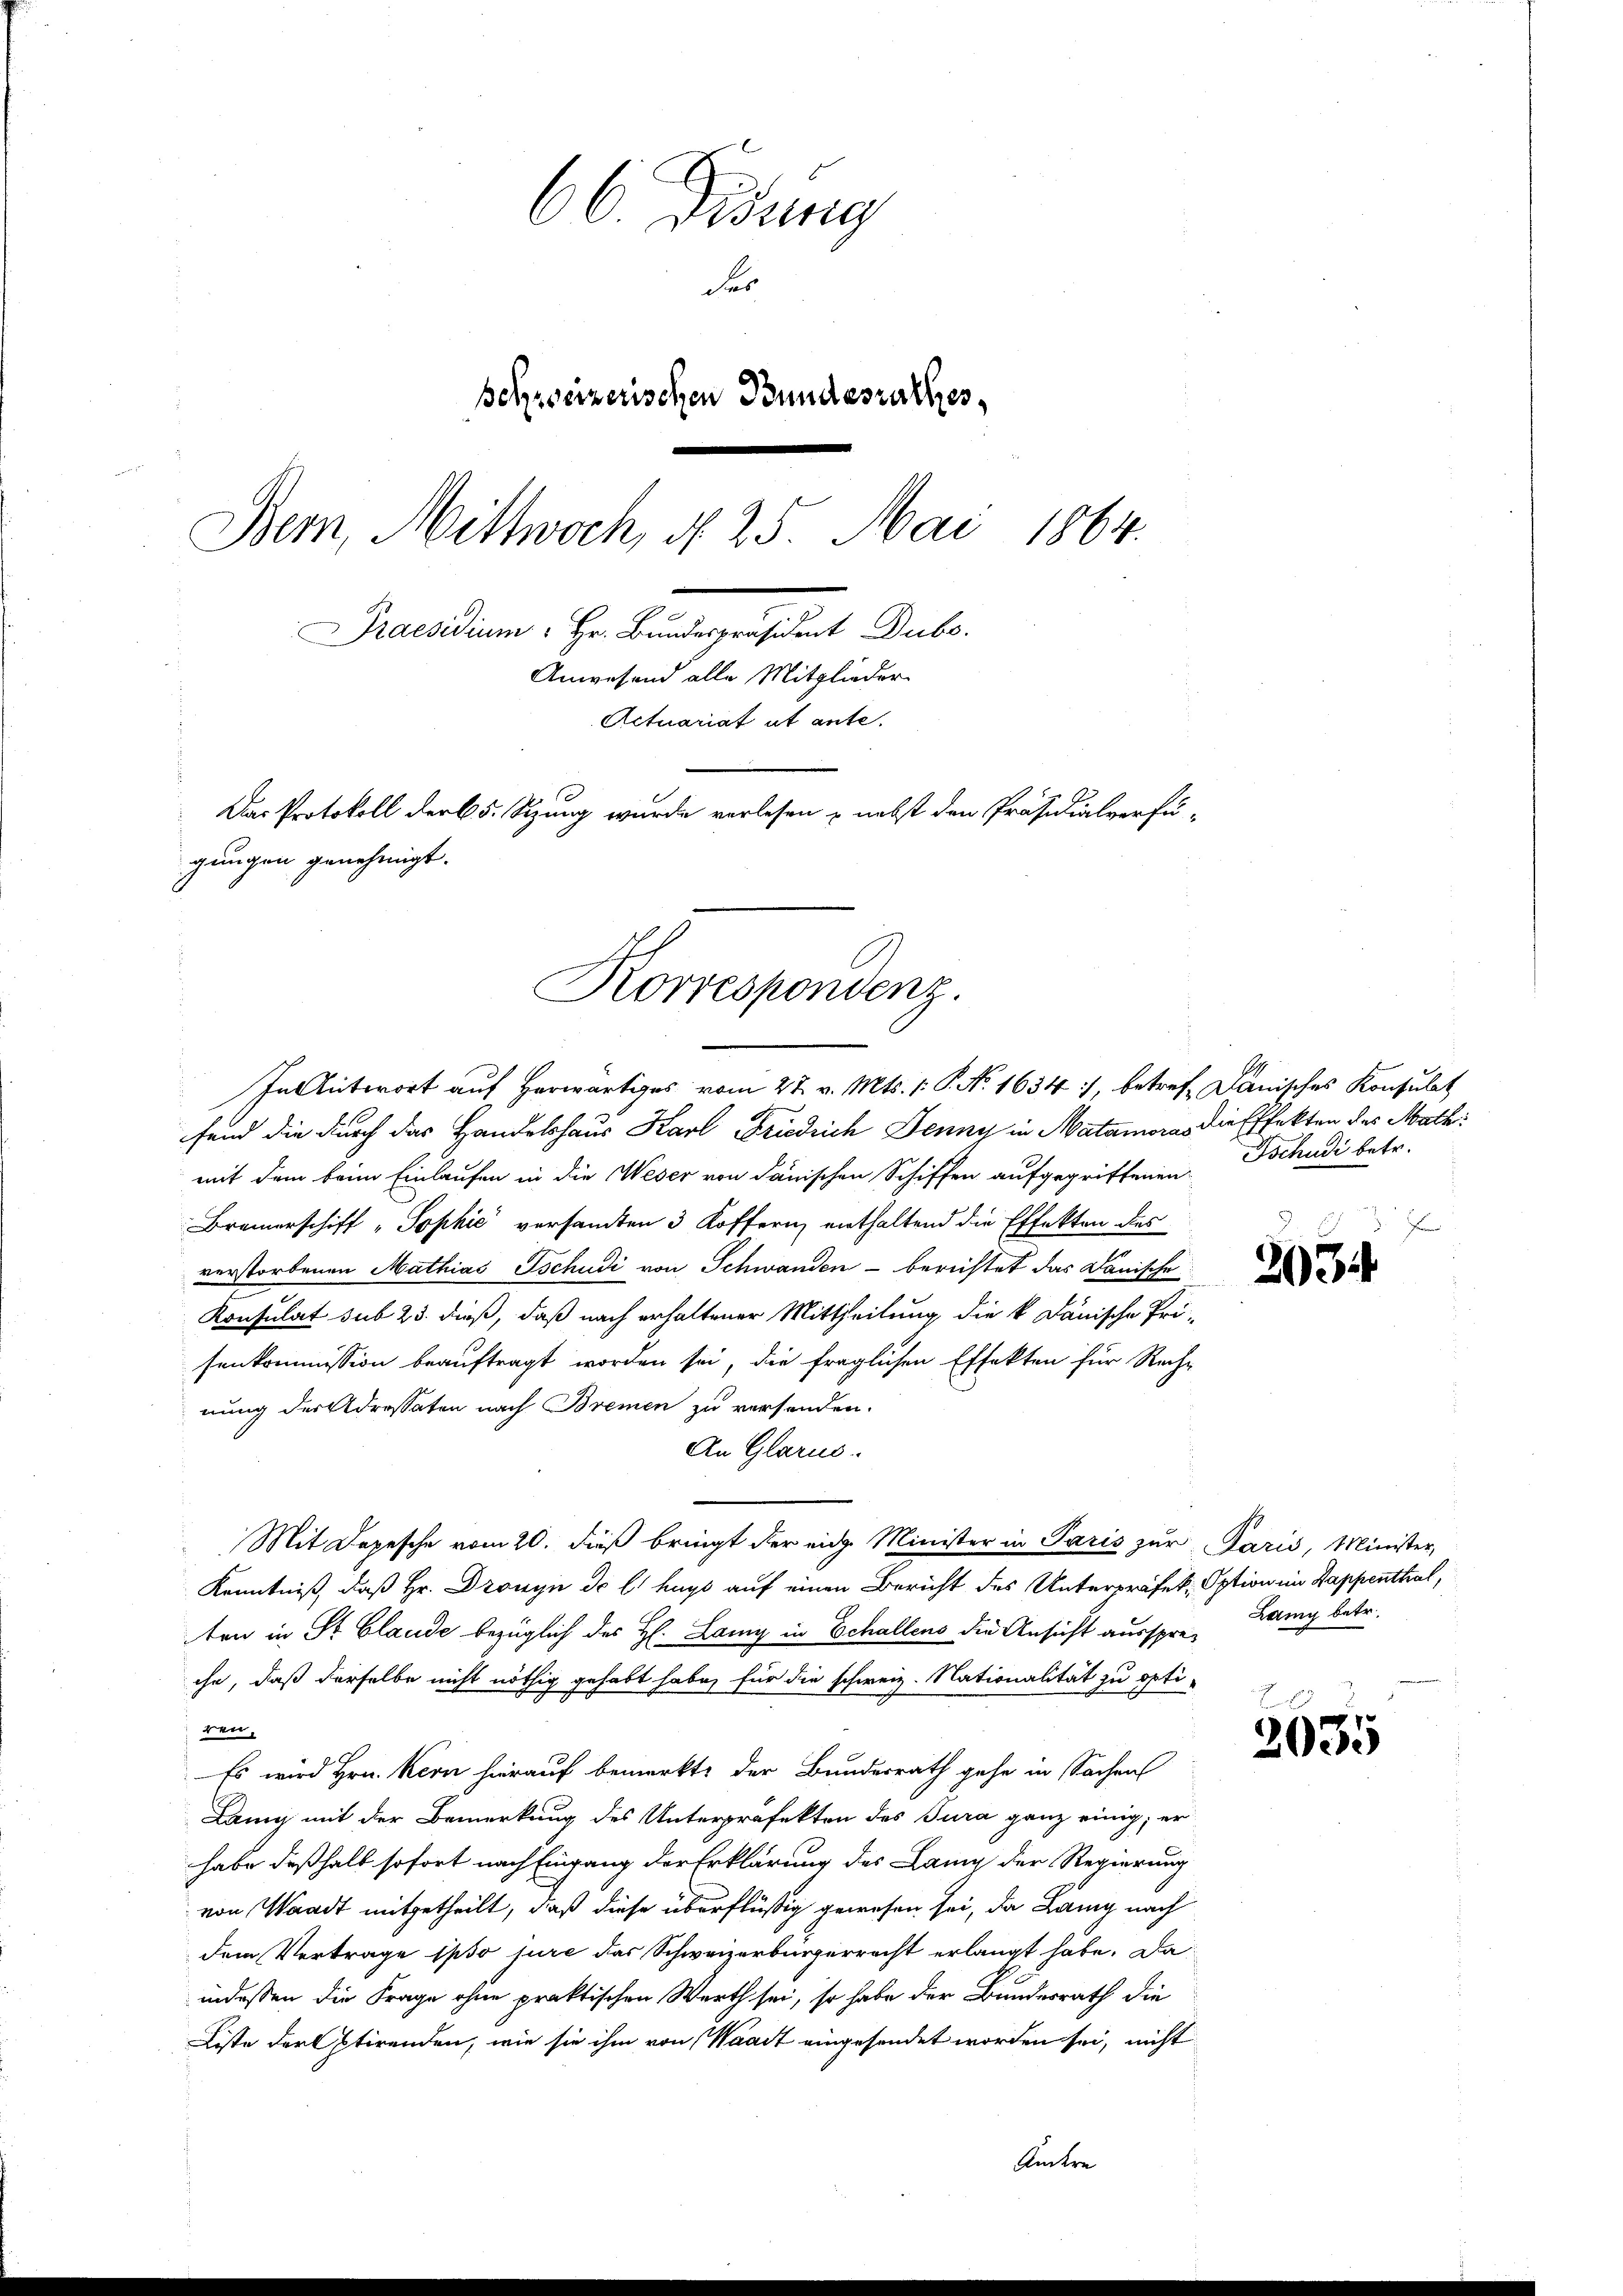
66 Didung
der
schweizerischen Bundesrathes,
Bem, Mittwoch, d. 25. Mai 1864.
Praesidium " Hr. Bundespräsident Dubs.
Anwesend alle Mitglieder
Actuariat ut ante.
s
Das Protokoll der 65. Sizung wurde vorlesen & nebst den Präsidialverfü-
gungen genehmigt.

Korrespondenz.
i
In Antwort auf Herwärtiges vom 27. v. Mts. 1. P. No. 1634), betref Dänisches Konsulat

fend die durch das Handelshaus Karl Friedrich Jenny in Matamora die Effekten des Math:
mit dem beim Einlaufen in die Weser von danischen Schiffen aufgegriffenen
Bremerschiff „Sophić versamten 3 Koffern enthaltend die Effekten des
verstorbenen Mathias Tschudi von Schwanden - berichtet das Danische
Konsulat sub 25. dieß, daß nach erhaltener Mittheilung die k. Dänische Pri-
senkommission beauftragt worden sei, die fraglichen Effekten für Rech-
nung der Adressaten nach Bremen zu versenden.
An Glarus.
Mit Depesche vom 20. dieß bringt der ein Minister in Paris zur Paris, Minister,
Kenntniß, daß Hr. Dronyn de l. hays auf einen Bericht des Unterpräfek Option im Kappenthal,
ten in St. Claude bezüglich des H. Lany in Echallens die Ansicht ausspreche, daß derselbe nicht nöthig gehabt habe, für die schweiz. Nationalität zu opti-
en.
Es wird Hrn. Kern hierauf bemerkte der Bundesrath gehe in Sachen
Lang mit der Bemerkung des Unterpräfekten des Jura ganz einig, er
habe deßhalb sofort nach Eingang der Erklärung des Lang der Regierung
von Waadt mitgetheilt, daß diese überflüßig gewesen sei, da Lang nach
dem Vertrage ipso jure das Schweizerbürgerrecht erlangt habe. Da
indessen die Frage ohne praktischen Werth sei, so habe der Bundesrath die
Liste der stirenden, wie sie ihm von Waadt eingesendet worden sei, nicht

Andere

Tschudi betr.
F

303

Lany betr.

2035